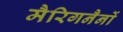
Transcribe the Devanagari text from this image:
मैरिगनैनों